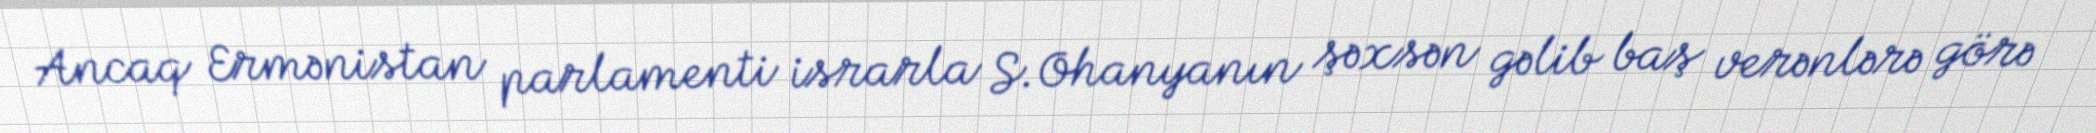
Ancaq Ermənistan parlamenti israrla S.Ohanyanın şəxsən gəlib baş verənlərə görə